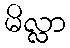
မိလ္လာ